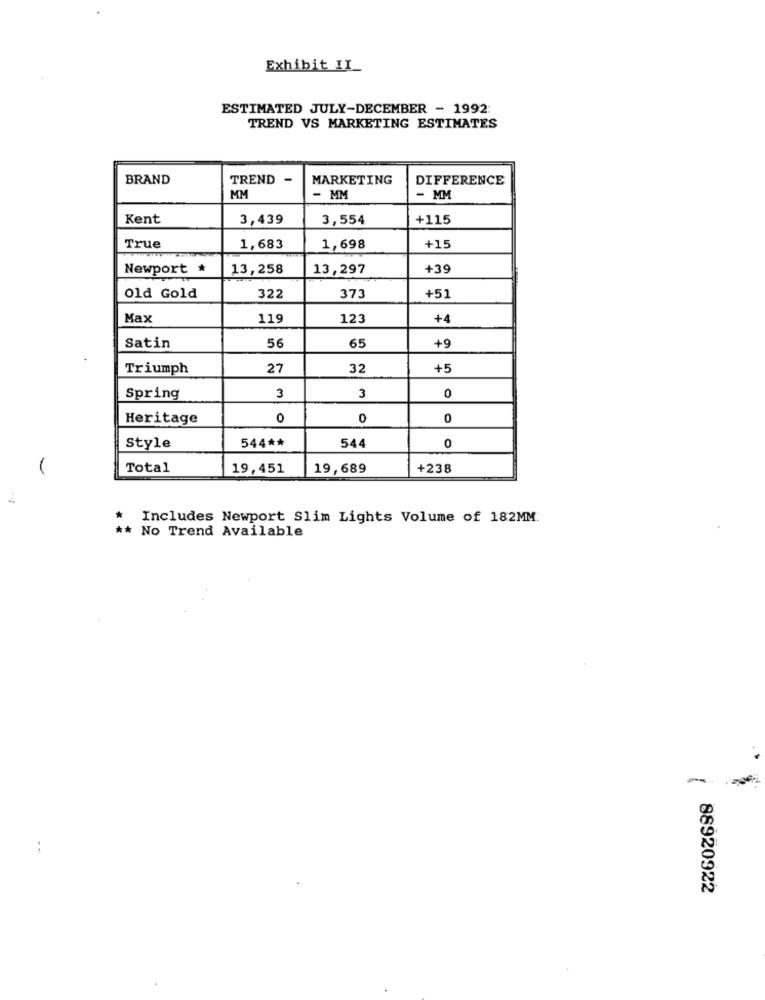
Exhibit II_
ESTIMATED JULY-DECEMBER - 1992:
TREND VS MARKETING ESTIMATES
BRAND
TREND -
MARKETING
DIFFERENCE
MM
- MM
- MM
Kent
3,439
3,554
+115
True
1,683
1,698
+15
Newport
13,258
13,297
+39
Old Gold
322
373
+51
Max
119
123
+4
+9
Satin
56
65
Triumph
27
32
+5
Spring
3
3
0
Heritage
0
0
0
544 **
Style
544
0
Total
19,451
19,689
+238
Includes Newport Slim Lights Volume of 182MM:
** No Trend Available
--
88920922